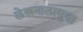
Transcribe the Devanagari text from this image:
लेखनालासुद्धा